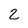
Character: 2